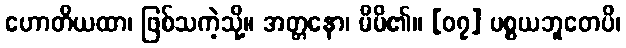
ဟောတိယထာ၊ ဖြစ်သကဲ့သို့။ အတ္တနော၊ မိမိ၏။ [၀၇] ပစ္စယဘူတေပိ၊